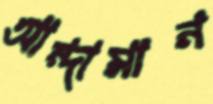
আন্দামান